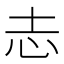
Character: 𢖽